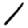
Digit: 1